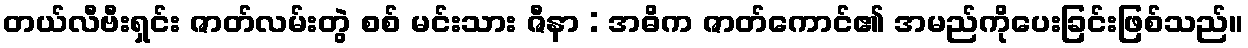
တယ်လီဗီးရှင်း ဇာတ်လမ်းတွဲ စစ် မင်းသား ဇီနာ : အဓိက ဇာတ်ကောင်၏ အမည်ကိုပေးခြင်းဖြစ်သည်။